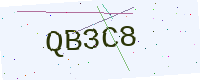
Text: QB3C8